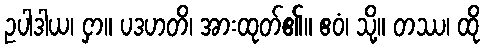
ဥပါဒါယ၊ ငှာ။ ပဒဟတိ၊ အားထုတ်၏။ ဧဝံ၊ သို့။ တဿ၊ ထို